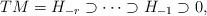
LaTeX: \begin{align*} TM=H_{-r}\supset \cdots \supset H_{-1}\supset 0,\end{align*}